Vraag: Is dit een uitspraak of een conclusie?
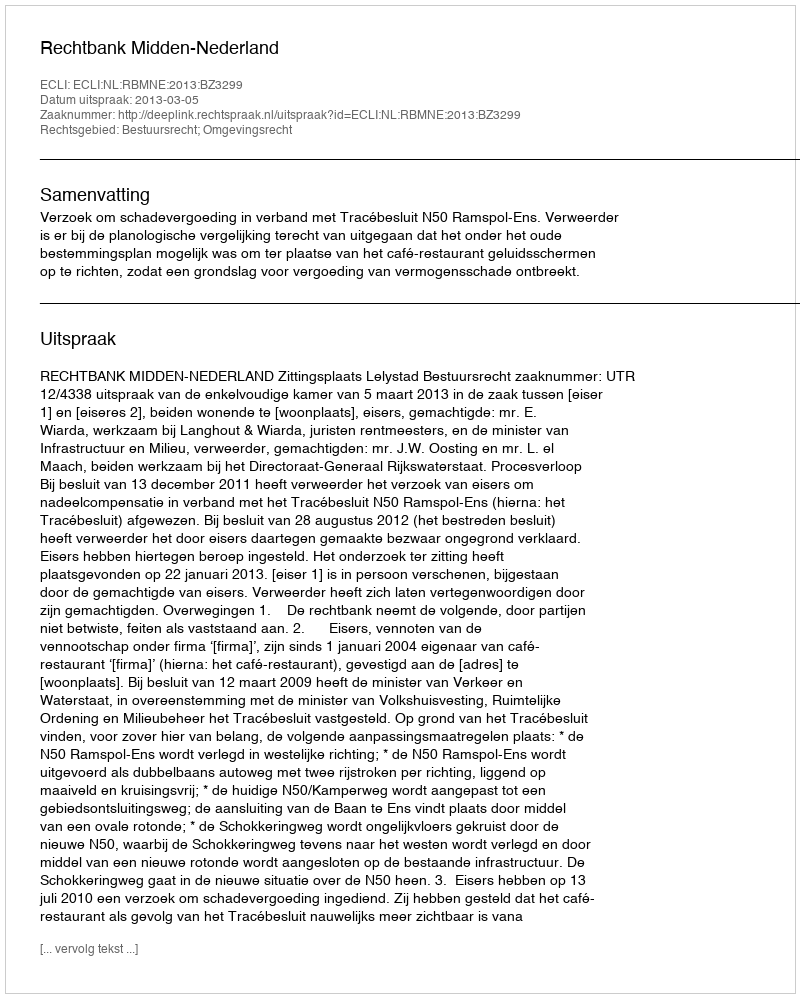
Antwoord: Uitspraak